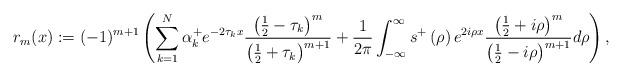
LaTeX: \begin{align*}r_{m}(x):=(-1)^{m+1}\left( \sum_{k=1}^{N}\alpha_{k}^{+}e^{-2\tau_{k}x}\frac{\left( \frac{1}{2}-\tau_{k}\right) ^{m}}{\left( \frac{1}{2}+\tau_{k}\right) ^{m+1}}+\frac{1}{2\pi}\int_{-\infty}^{\infty}s^{+}\left(\rho\right) e^{2i\rho x}\frac{\left( \frac{1}{2}+i\rho\right) ^{m}}{\left(\frac{1}{2}-i\rho\right) ^{m+1}}d\rho\right) , \end{align*}